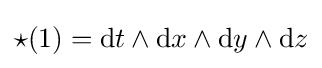
{\star }(1)=\mathrm {d} t\wedge \mathrm {d} x\wedge \mathrm {d} y\wedge \mathrm {d} z